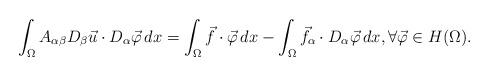
LaTeX: \begin{align*}\int_\Omega A_{\alpha\beta}D_\beta \vec u\cdot D_\alpha \vec \varphi\,dx=\int_\Omega \vec f\cdot \vec \varphi\,dx-\int_\Omega \vec f_\alpha \cdot D_\alpha \vec \varphi\,dx, \forall \vec \varphi\in H(\Omega).\end{align*}